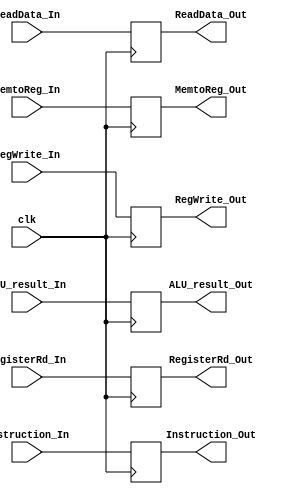
`timescale 1ns / 1ps
//////////////////////////////////////////////////////////////////////////////////
// Company: 
// Engineer: 
// 
// Design Name: 
// Module Name: MEM_WB
// Project Name: 
// Target Devices: 
// Tool Versions: 
// Description: 
// 
// Dependencies: 
// 
// Revision:
// Revision 0.01 - File Created
// Additional Comments:
// 
//////////////////////////////////////////////////////////////////////////////////


module MEM_WB(clk, RegWrite_In, MemtoReg_In, ReadData_In, ALU_result_In, Instruction_In, RegisterRd_In,
RegWrite_Out, MemtoReg_Out, ReadData_Out, ALU_result_Out, Instruction_Out, RegisterRd_Out);

input clk;

input RegWrite_In, MemtoReg_In;
input [63:0] ReadData_In, ALU_result_In; 
input [4:0] Instruction_In, RegisterRd_In;

output reg RegWrite_Out, MemtoReg_Out;
output reg [63:0] ReadData_Out, ALU_result_Out; 
output reg [4:0] Instruction_Out, RegisterRd_Out;

always@(posedge clk) //Execute Block on the rising edge 0->1
begin
    RegWrite_Out <= RegWrite_In;
    MemtoReg_Out <= MemtoReg_In;
    ReadData_Out <= ReadData_In;
    ALU_result_Out <= ALU_result_In;
    Instruction_Out <= Instruction_In;
    RegisterRd_Out <= RegisterRd_In;
end  

endmodule